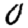
Digit: 0